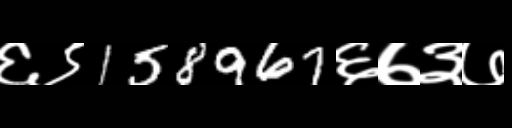
Text: ६९158967६७३७